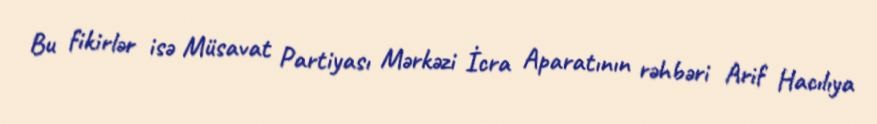
Bu fikirlər isə Müsavat Partiyası Mərkəzi İcra Aparatının rəhbəri Arif Hacılıya